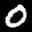
Label: 0